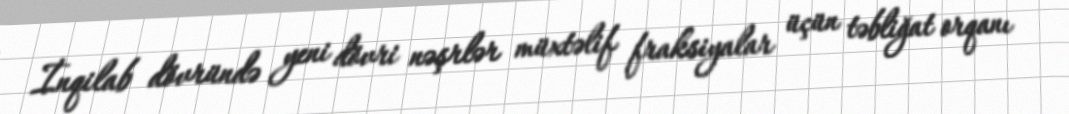
İnqilab dövründə yeni dövri nəşrlər müxtəlif fraksiyalar üçün təbliğat orqanı